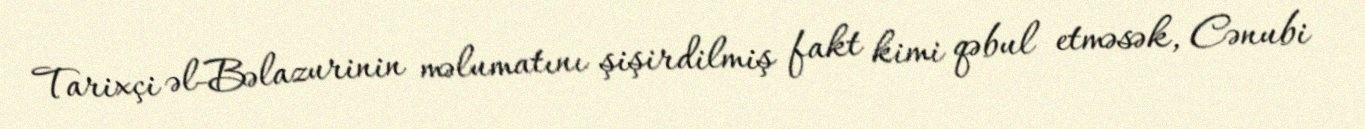
Tarixçi əl-Bəlazurinin məlumatını şişirdilmiş fakt kimi qəbul etməsək, Cənubi